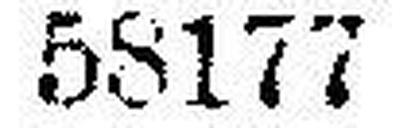
58177